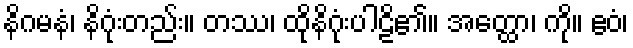
နိဂမနံ၊ နိဂုံးတည်း။ တဿ၊ ထိုနိဂုံးပါဠိ၏။ အတ္ထော၊ ကို။ ဧဝံ၊